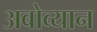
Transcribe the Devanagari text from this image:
अबोव्यान